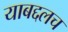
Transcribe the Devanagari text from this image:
याबद्दलच